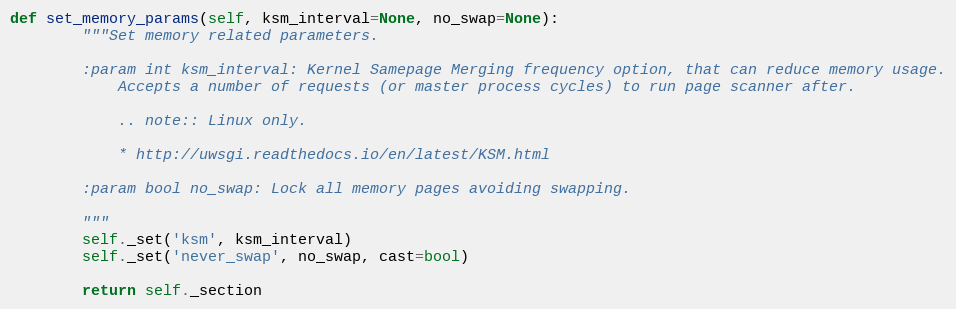
Language: Python
def set_memory_params(self, ksm_interval=None, no_swap=None):
        """Set memory related parameters.

        :param int ksm_interval: Kernel Samepage Merging frequency option, that can reduce memory usage.
            Accepts a number of requests (or master process cycles) to run page scanner after.

            .. note:: Linux only.

            * http://uwsgi.readthedocs.io/en/latest/KSM.html

        :param bool no_swap: Lock all memory pages avoiding swapping.

        """
        self._set('ksm', ksm_interval)
        self._set('never_swap', no_swap, cast=bool)

        return self._section